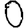
Digit: 0